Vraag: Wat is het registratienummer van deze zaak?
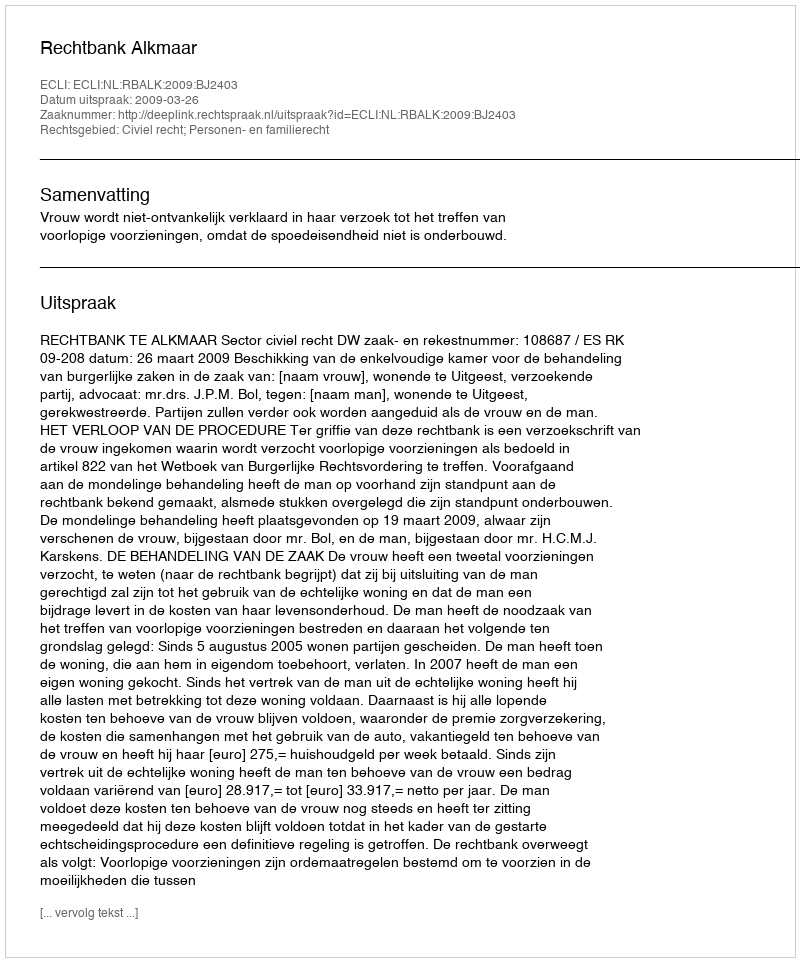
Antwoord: http://deeplink.rechtspraak.nl/uitspraak?id=ECLI:NL:RBALK:2009:BJ2403